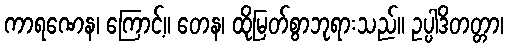
ကာရဏေန၊ ကြောင့်။ တေန၊ ထိုမြတ်စွာဘုရားသည်။ ဥပ္ပါဒိတတ္တာ၊